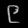
Digit: ၉